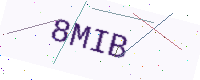
Text: 8MIB